Report of the Indian Hemp Drugs Commission, 1894-1895 - Volume VII
Year: 1894
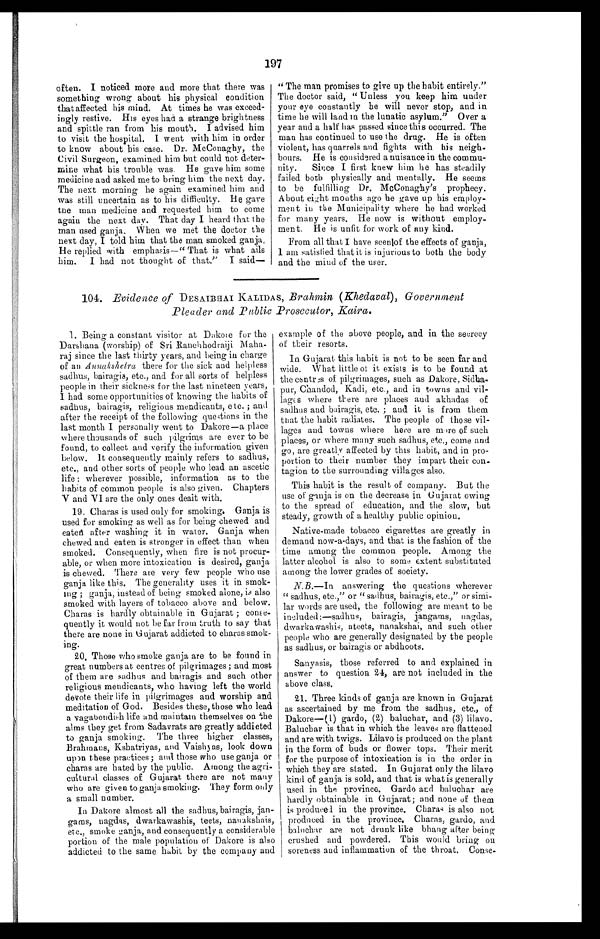
197
often. I noticed more and more that there was
something wrong about his physical condition
that affected his mind. At times he was exceed-
ingly restive. His eyes had a strange brightness
and spittle ran from his mouth. I advised him
to visit the hospital. I went with him in order
to know about his case. Dr. McConaghy, the
Civil Surgeon, examined him but could not deter-
mine what his trouble was. He gave him some
medicine and asked me to bring him the next day.
The next morning he again examined him and
was still uncertain as to his difficulty. He gave
the man medicine and requested him to come
again the next day. That day I heard that the
man used ganja. When we met the doctor the
next day, I told him that the man smoked ganja.
He replied with emphasis—" That is what ails
him. I had not thought of that." I said—
" The man promises to give up the habit entirely."
The doctor said, " Unless you keep him under
your eye constantly he will never stop, and in
time he will land in the lunatic asylum." Over a
year and a half has passed since this occurred. The
man has continued to use the drug. He is often
violent, has quarrels and fights with his
neigh¬bours. He is considered a nuisance in the commu-
nity. Since I first knew him he has steadily
failed both physically and mentally. He seems
to be fulfilling Dr. McConaghy's prophecy.
About eight months ago he gave up his employ-
ment in the Municipality where he had worked
for many years. He now is without employ-
ment. He is unfit for work of any kind.
From all that I have seen of the effects of ganja,
I am satisfied that it is injurious to both the body
and the mind of the user.
104. Evidence of DESAIBHAI KALIDAS, Brahmin (Khedaval), Government
Pleader and Public Prosecutor, Kaira.
1. Being a constant visitor at Dakole for the
Darshana (worship) of Sri Ranchhodraiji
M a h a ¬
raj since the last thirty years, and being in charge
of an Annakshetra there for the sick and helpless
sadhus, bairagis, etc., and for all sorts of helpless
people in their sickness for the last nineteen years,
I had some opportunities of knowing the habits of
sadhus, bairagis, religious mendicants, etc. ; and
after the receipt of the following questions in the
last month I personally went to Dakore—a place
where thousands of such pilgrims are ever to be
found, to collect and verify the information given
below. It consequently mainly refers to sadhus,
etc., and other sorts of people who lead an ascetic
life wherever possible, information as to the
habits of common people is also given. Chapters
V and VI are the only ones dealt with.
19. Charas is used only for smoking. Ganja is
used for smoking as well as for being chewed and
eaten after washing it in water. Ganja when
chewed and eaten is stronger in effect than when
smoked. Consequently, when fire is not procur-
able, or when more intoxication is desired, ganja
is chewed. There are very few people who use
ganja like this. The generality uses it in smok--
ing ; ganja, instead of being smoked alone, is also
smoked with layers of tobacco above and below.
Charas is hardly obtainable in Gujarat ; conse-
quently it would not be far from truth to say that
there are none in Gujarat addicted to charas smok-
ing.
20. Those who smoke ganja are to be found in
great numbers at centres of pilgrimages ; and most
of them are sadhus and bairagis and such other
religious mendicants, who having left the world
devote their life in pilgrimages and worship and
meditation of God. Besides these, those who lead
a vagabondish life and maintain themselves on the
alms they get from Sadavrats are greatly addicted
to ganja smoking. The three higher classes,
Brahmans, Kshatriyas, and Vaishyas, look down
upon these practices ; and those who use ganja or
charas are hated by the public. Among the agri-
cultural classes of Gujarat there are not many
who are given to ganja smoking. They form only
a small number.
In Dakore almost all the sadhus, bairagis, jan-
gams, nagdas, dwarkawashis, teets, nanakshais,
smoke ganja, and consequently a considerable
portion of the male population of Dakore is also
addicted to the same habit by the company and
example of the above people, and in the secrecy
of their resorts.
In Gujarat this habit is not to be seen far and
wide. What little of it exists is to be found at
the centres of pilgrimages, such as Dakore,
Sidhapur,Chandod, Kadi, etc., and in towns and vil-
lages where there are places and akhadas of
sadhus and bairagis, etc. ; and it is from them
that the habit radiates. The people of those vil-
lages and towns where here are more of such
places, or where many such sadhus, etc., come and
go, are greatly affected by this habit, and in pro-
portion to their number they impart their con
¬ t a g i o n t o t h e s u r r o u n d i n g v i l l a g e s a l s o .
This habit is the result of company. But the
use of ganja is on the decrease in Gujarat owing
to the spread of education, and the slow, but
steady, growth of a healthy public opinion.
Native-made tobacco cigarettes are greatly in
demand now-a-days, and that is the fashion of the
time among the common people. Among the
latter alcohol is also to some extent substituted
among the lower grades of society.
N.B .—In answering the questions wherever
" sadhus, etc.," or " sadhus, bairagis, etc.," or simi-
lar words are used, the following are meant to be
included:—sadhus, bairagis, jangams, nagdas,
dwarkawashis, ateets, nanakshai, and such other
people who are generally designated by the people
as sadhus, or bairagis or abdhoots.
Sanyasis, those referred to and explained in
answer to question 24, are not included in the
above class.
21. Three kinds of ganja are known in Gujarat
as ascertained by me from the sadhus, etc., of
Dakore—(1) gardo, (2) baluchar, and (3) lilavo.
Baluchar is that in which the leaves are flattened
and are with twigs. Lilavo is produced on the plant
in the form of buds or flower tops. Their merit
for the purpose of intoxication is in the order in
which they are stated. In Gujarat only the lilavo
kind of ganja is sold, and that is what is generally
used in the province. Gardo and baluchar are
hardly obtainable in Gujarat; and none of them
is produced in the province. Charas is also not
produced in the province. Charas, gardo, and
baluchar are not drunk like bhang after being
crushed and powdered. This would bring on
soreness and inflammation of the throat. Conse¬